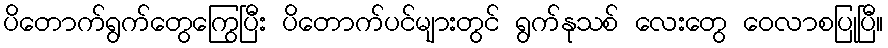
ပိတောက်ရွက်တွေကြွေပြီး ပိတောက်ပင်များတွင် ရွက်နုသစ် လေးတွေ ဝေလာစပြုပြီ။